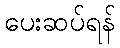
ပေးဆပ်ရန်